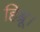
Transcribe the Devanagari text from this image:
हिब्रू।